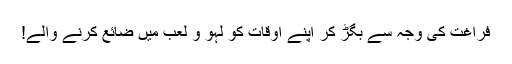
فراغت کی وجہ سے بگڑ کر اپنے اوقات کو لہو و لعب میں ضائع کرنے والے!